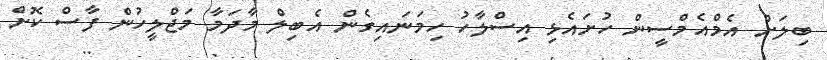
ބިލަށް އެމްއެމްސީން ހުށައެޅި އިސްލާހު ހިމަނައިގެން އެބިލް މާދަމާ މަޖްލީހުން ފާސް ކޮށް